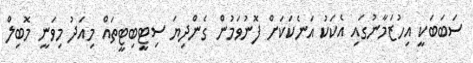
ސަބަބަކީ އިހުޒަމާނުގައި އެކަކު އަނެކަކަށް ފޮނުވަމުން ގެންދިޔަ ސިޓީބިޓީތައް މިއަދު މިވަނީ މޮބިލް